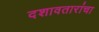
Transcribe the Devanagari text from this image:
दशावतारांचा